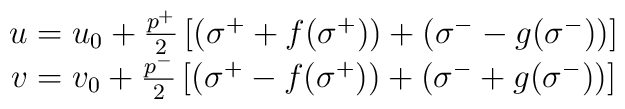
\begin{array}{c}u=u_0+\frac{p^{+}}2\left[ (\sigma ^{+}+f(\sigma ^{+}))+(\sigma ^{-}-g(\sigma^{-}))\right] \\v=v_0+\frac{p^{-}}2\left[ (\sigma ^{+}-f(\sigma ^{+}))+(\sigma ^{-}+g(\sigma^{-}))\right]\end{array}